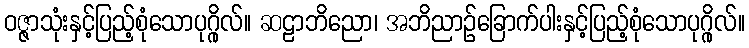
ဝဇ္ဇာသုံးနှင့်ပြည့်စုံသောပုဂ္ဂိုလ်။ ဆဠာဘိညော၊ အဘိညာဉ်ခြောက်ပါးနှင့်ပြည့်စုံသောပုဂ္ဂိုလ်။